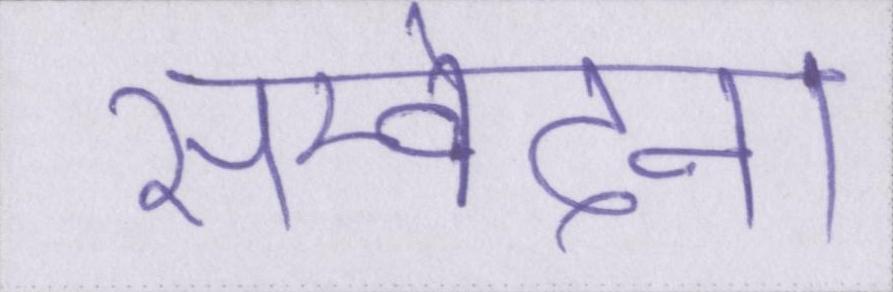
सम्वेदना